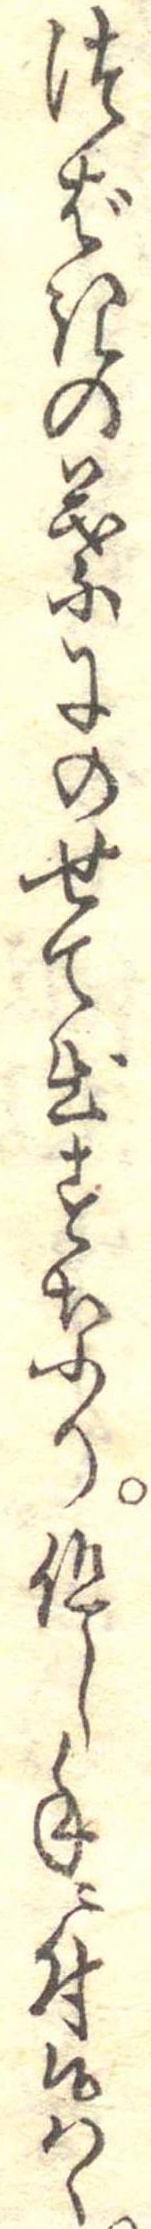
つばきの葉にのせて出すなり但し手に付候はゝ